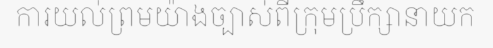
ការយល់ព្រមយ៉ាងច្បាស់ពីក្រុមប្រឹក្សានាយក